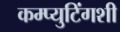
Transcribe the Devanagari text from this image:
कम्प्युटिंगशी